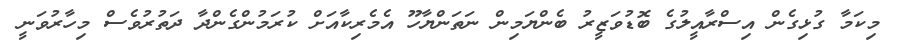
މިކަމާ ގުޅިގެން އިސްރާއީލުގެ ބޮޑުވަޒީރު ބެންޔަމިން ނަތަންޔާހޫ އެމެރިކާއަށް ކުރަމުންގެންދާ ދަތުރުވެސް މިހާރުވަނީ